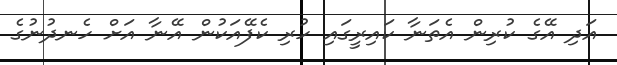
އަދި އޭގެ ކުރިން އެތަނާ ކައިރީގައި ހުރި ކެފޭއަކުން އޭނާ އަށް ހެނދުނުގެ